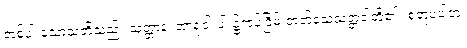
တစ်ပါးသောသူတို့သည်။ သတ္တာနံ၊ အာရုံငါးပါး၌ကပ်ငြိမ်းတတ်သေသတ္တဝါတို့၏။ စုတူပပါတံ၊